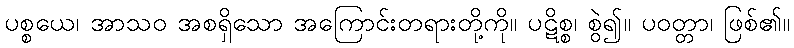
ပစ္စယေ၊ အာသဝ အစရှိသော အကြောင်းတရားတို့ကို။ ပဋိစ္စ၊ စွဲ၍။ ပဝတ္တာ၊ ဖြစ်၏။